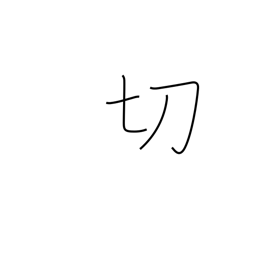
Meaning: be sharp